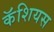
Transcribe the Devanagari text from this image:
कॅशियस